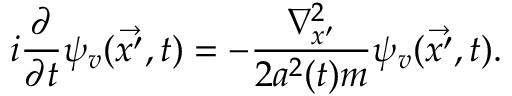
i \frac { \partial } { \partial t } \psi _ { v } ( \vec { x ^ { \prime } } , t ) = - \frac { { \nabla } _ { x ^ { \prime } } ^ { 2 } } { 2 a ^ { 2 } ( t ) m } \psi _ { v } ( \vec { x ^ { \prime } } , t ) .